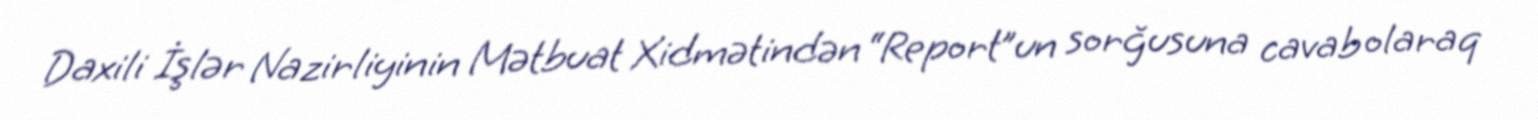
Daxili İşlər Nazirliyinin Mətbuat Xidmətindən “Report”un sorğusuna cavab olaraq